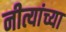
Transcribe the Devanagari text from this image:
नीत्यांच्या